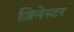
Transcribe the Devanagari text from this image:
ज़िनेस्टर